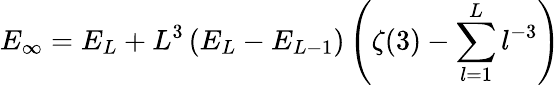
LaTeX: E_{\infty}=E_{L}+L^{3}\left(E_{L}-E_{L-1}\right)\left(\zeta(3)-\sum_{l=1}^{L}l^{-3}\right)